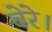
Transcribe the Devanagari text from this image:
बेरे।